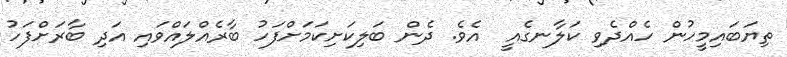
ތިޔަބައިމީހުން ހެއްދެވި ކަލާނގެއީ  އެވެ. ދެން ބަލިކަށިކަމަށްފަހު ބާރެއްލައްވައި އަދި ބާރަށްފަހު